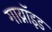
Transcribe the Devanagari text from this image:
गाय्नॉइड